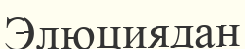
Элюциядан